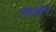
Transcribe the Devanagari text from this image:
कराइन